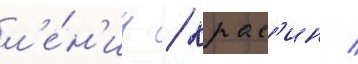
л'е́н'ин / крас'ин /